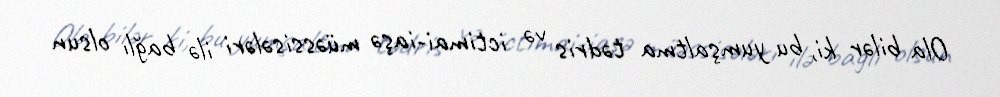
Ola bilər ki, bu yumşaltma tədris və ictimai-iaşə müəssisələri ilə bağlı olsun